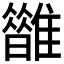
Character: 𩁆